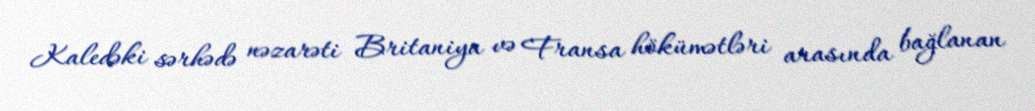
Kaledəki sərhədə nəzarəti Britaniya və Fransa hökümətləri arasında bağlanan